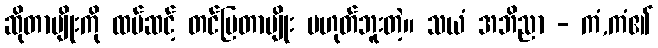
ဆိုတာမျိုးကို ထပ်ဆင့် တင်ပြတာမျိုး မဟုတ်ဘူးတဲ့။ သယံ အဘိညာ - ကံ,ကံ၏